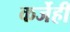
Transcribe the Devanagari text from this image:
कर्जेही